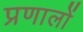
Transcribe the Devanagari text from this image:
प्रणालों